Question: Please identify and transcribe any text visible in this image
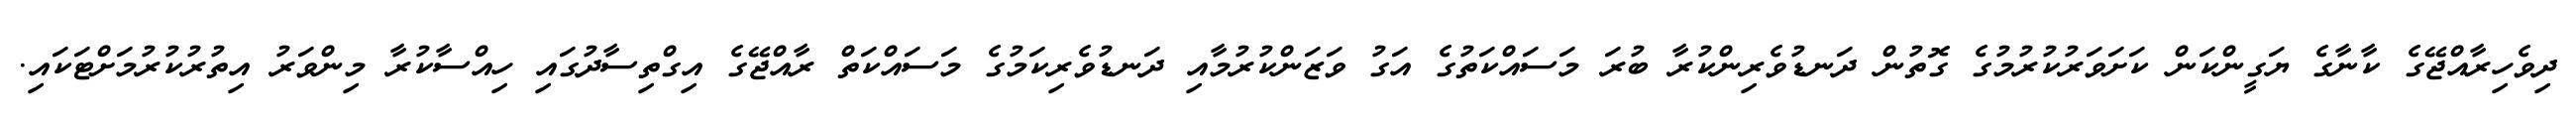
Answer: ދިވެހިރާއްޖޭގެ ކާނާގެ ޔަގީންކަން ކަށަވަރުކުރުމުގެ ގޮތުން ދަނޑުވެރިންކުރާ ބުރަ މަސައްކަތުގެ އަގު ވަޒަންކުރުމާއި ދަނޑުވެރިކަމުގެ މަސައްކަތް ރާއްޖޭގެ އިގްތިސާދުގައި ހިއްސާކުރާ މިންވަރު އިތުރުކުރުމަށްޓަކައި.